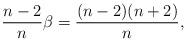
LaTeX: \begin{align*}\frac{n-2}{n}\beta=\frac{(n-2)(n+2)}{n}, \end{align*}